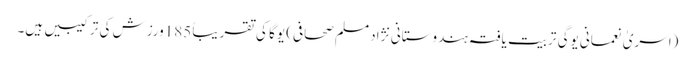
(اسریٰ نعمانی یوگی تربیت یافتہ ہندوستانی نژاد مسلم صحافی) یوگا کی تقریباً 185ورزش کی ترکیبیں ہیں۔